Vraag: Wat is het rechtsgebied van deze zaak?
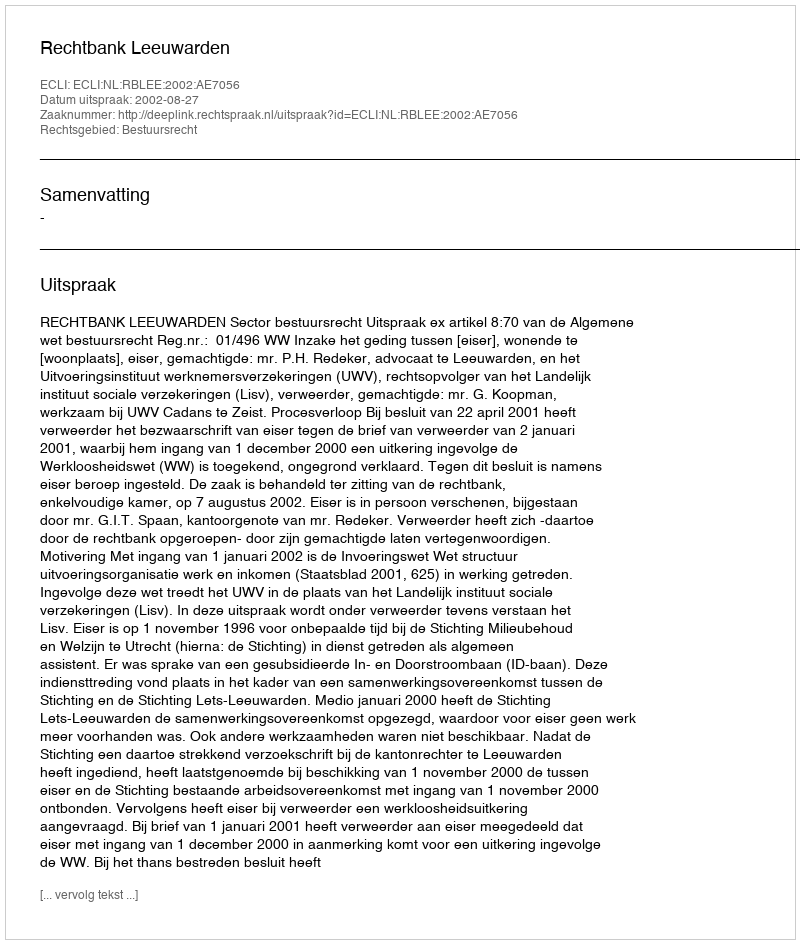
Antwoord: Bestuursrecht